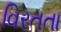
વિરતતા